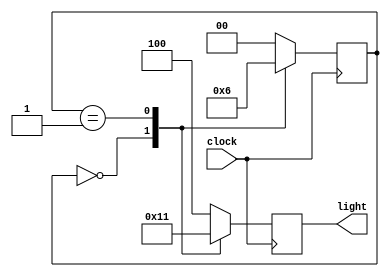
module traffic_light (clock, light);
	input clock;
	output reg [0:2] light;
	parameter s0=0, s1=1, s2=2;
	parameter RED=3'b100, GREEN=3'b010, YELLOW=3'b001;
	reg [0:1] state;
	always @(posedge clock)
		case (state)
			s0: begin 				// s0 means red state
				light <= GREEN; state <= s1;			 
				end
			s1: begin 			  // s1 means green state
				light <= YELLOW; state <= s2;			 
			    end
			s2: begin			  // s2 means yellow state
				light <= RED; state <= s0;
			    end
			default: begin
				light <= RED; state <= s0;
		    	end
        endcase			
endmodule